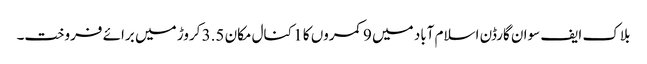
بلاک ایف سوان گارڈن اسلام آباد میں 9 کمروں کا 1 کنال مکان 3.5 کروڑ میں برائے فروخت۔